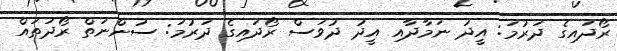
ރޯދައިގެ ދަރުމަ: އީދު ނަމާދާއި އީދު ދުވަސް ރޯދައިގެ ދަރުމަ: ސުންނަތް ރޯދަތައް